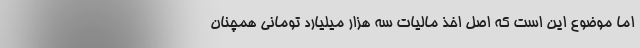
اما موضوع این است که اصل اخذ مالیات سه هزار میلیارد تومانی همچنان